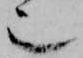
也